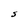
Character: S